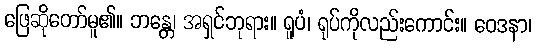
ဖြေဆိုတော်မူ၏။ ဘန္တေ၊ အရှင်ဘုရား။ ရူပံ၊ ရုပ်ကိုလည်းကောင်း။ ဝေဒနာ၊